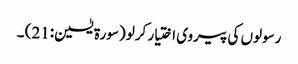
رسولوں کی پیروی اختیار کرلو (سورة یٰسین:21) ۔